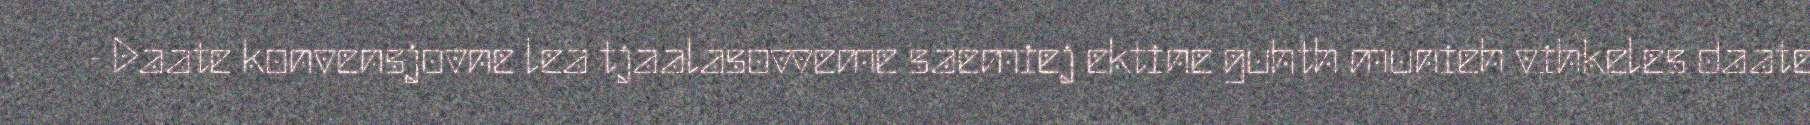
- Daate konvensjovne lea tjaalasovveme saemiej ektine guhth munieh vihkeles daate